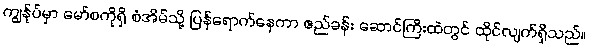
ကျွန်ုပ်မှာ မော်စကိုရှိ စံအိမ်သို့ ပြန်ရောက်နေကာ ဧည်ခန်း ဆောင်ကြီးထဲတွင် ထိုင်လျက်ရှိသည်။